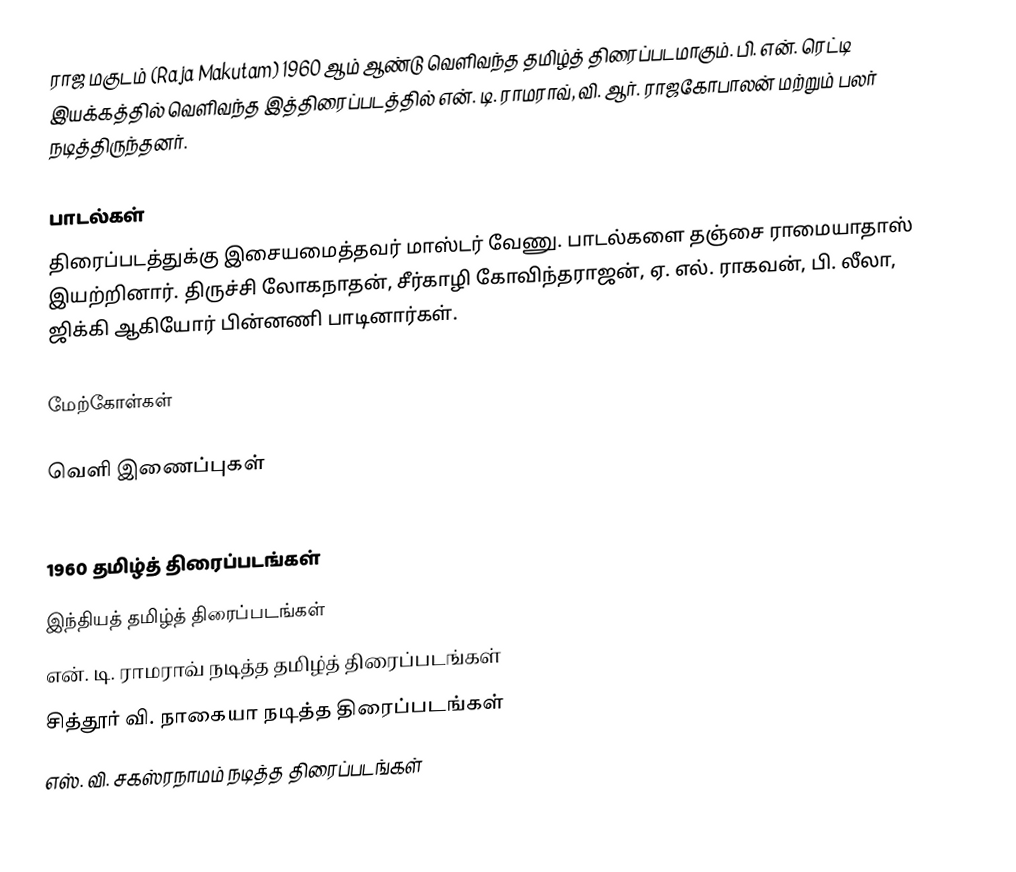
ராஜ மகுடம் (Raja Makutam) 1960 ஆம் ஆண்டு வெளிவந்த தமிழ்த் திரைப்படமாகும். பி. என். ரெட்டி இயக்கத்தில் வெளிவந்த இத்திரைப்படத்தில் என். டி. ராமராவ், வி. ஆர். ராஜகோபாலன் மற்றும் பலர் நடித்திருந்தனர்.

பாடல்கள்
திரைப்படத்துக்கு இசையமைத்தவர் மாஸ்டர் வேணு. பாடல்களை தஞ்சை ராமையாதாஸ் இயற்றினார். திருச்சி லோகநாதன், சீர்காழி கோவிந்தராஜன், ஏ. எல். ராகவன், பி. லீலா, ஜிக்கி ஆகியோர் பின்னணி பாடினார்கள்.

மேற்கோள்கள்

வெளி இணைப்புகள்

1960 தமிழ்த் திரைப்படங்கள்
இந்தியத் தமிழ்த் திரைப்படங்கள்
என். டி. ராமராவ் நடித்த தமிழ்த் திரைப்படங்கள்
சித்தூர் வி. நாகையா நடித்த திரைப்படங்கள்
எஸ். வி. சகஸ்ரநாமம் நடித்த திரைப்படங்கள்